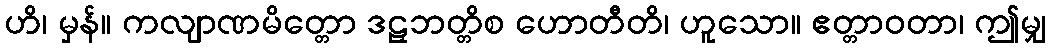
ဟိ၊ မှန်။ ကလျာဏမိတ္တော ဒဠှဘတ္တိစ ဟောတီတိ၊ ဟူသော။ ဧတ္တာဝတာ၊ ဤမျှ